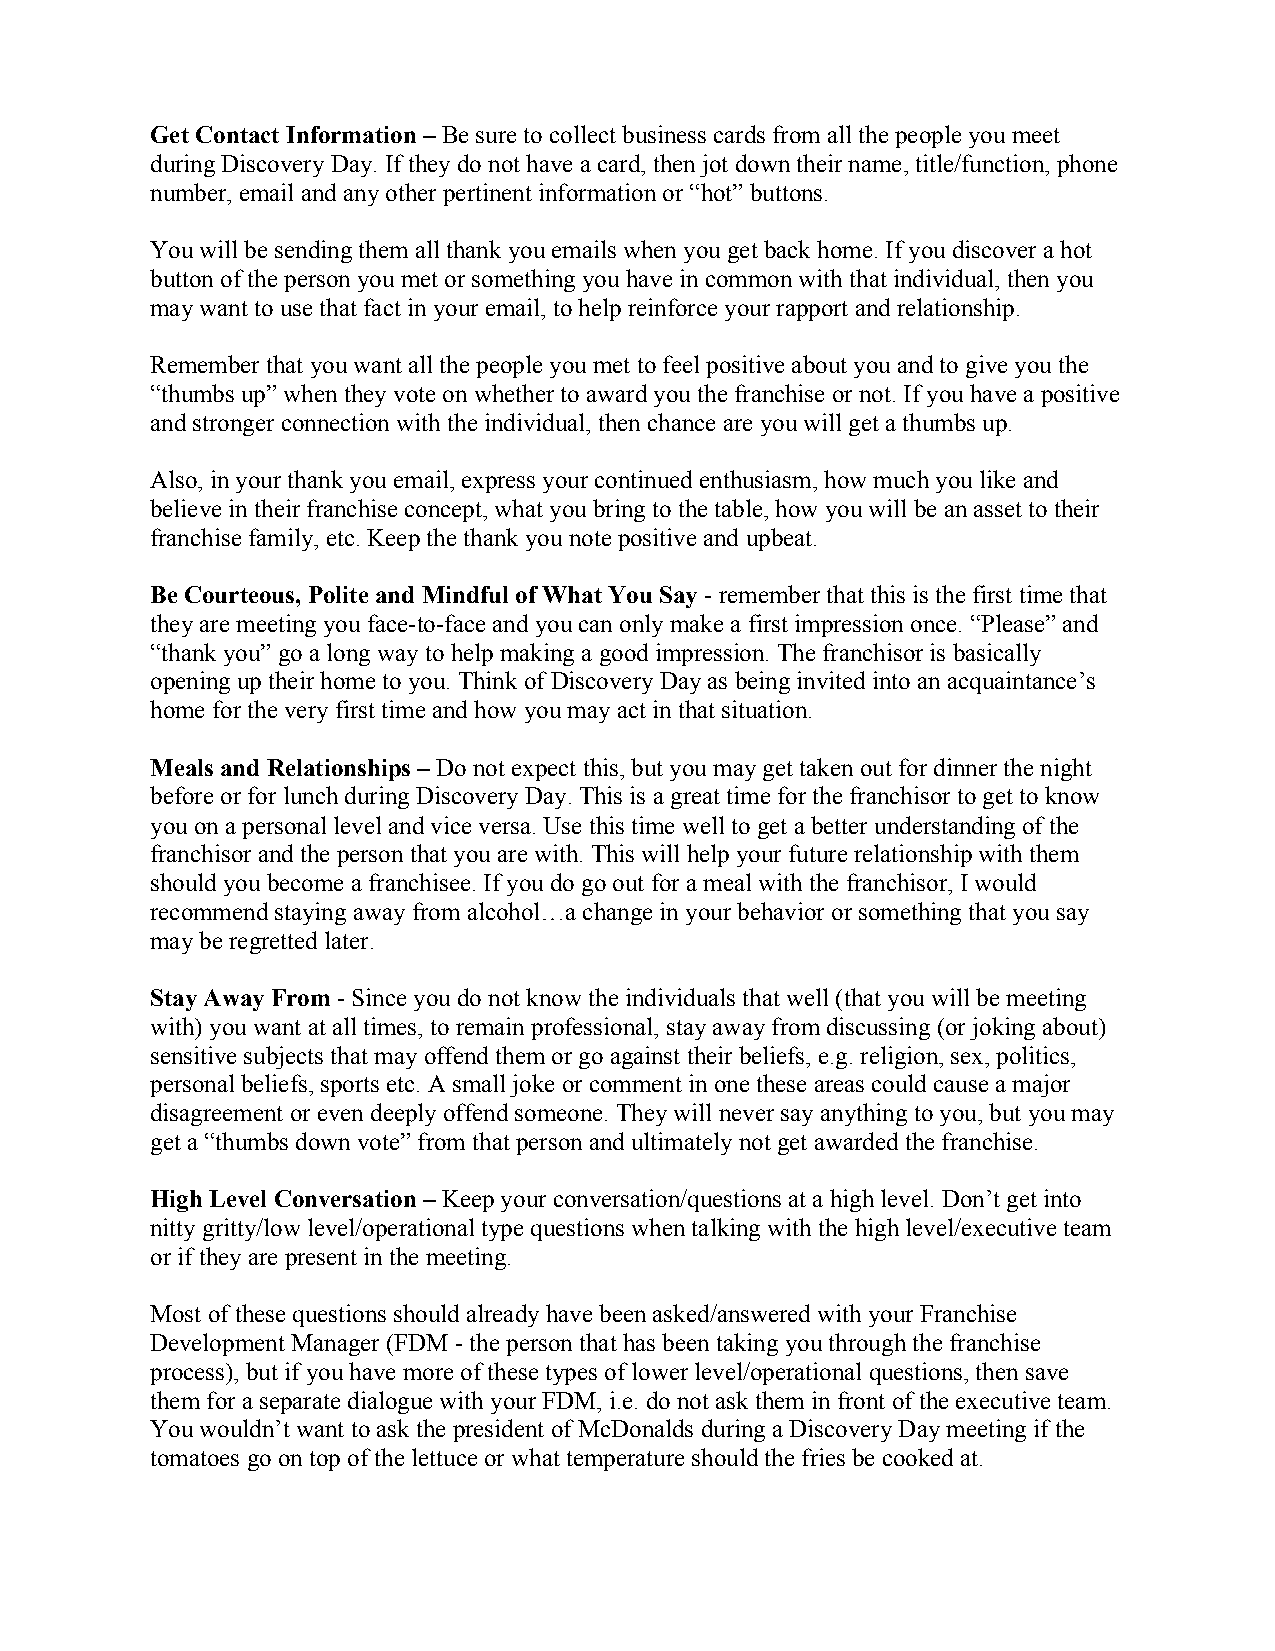
Get Contact Information – Be sure to collect business cards from all the people you meet
 during Discovery Day. If they do not have a card, then jot down their name, title/function, phone
 number, email and any other pertinent information or “hot” buttons.
 You will be sending them all thank you emails when you get back home. If you discover a hot
 button of the person you met or something you have in common with that individual, then you
 may want to use that fact in your email, to help reinforce your rapport and relationship.
 Remember that you want all the people you met to feel positive about you and to give you the
 “thumbs up” when they vote on whether to award you the franchise or not. If you have a positive
 and stronger connection with the individual, then chance are you will get a thumbs up.
 Also, in your thank you email, express your continued enthusiasm, how much you like and
 believe in their franchise concept, what you bring to the table, how you will be an asset to their
 franchise family, etc. Keep the thank you note positive and upbeat.
 Be Courteous, Polite and Mindful of What You Say - remember that this is the first time that
 they are meeting you face-to-face and you can only make a first impression once. “Please” and
 “thank you” go a long way to help making a good impression. The franchisor is basically
 opening up their home to you. Think of Discovery Day as being invited into an acquaintance’s
 home for the very first time and how you may act in that situation.
 Meals and Relationships – Do not expect this, but you may get taken out for dinner the night
 before or for lunch during Discovery Day. This is a great time for the franchisor to get to know
 you on a personal level and vice versa. Use this time well to get a better understanding of the
 franchisor and the person that you are with. This will help your future relationship with them
 should you become a franchisee. If you do go out for a meal with the franchisor, I would
 recommend staying away from alcohol…a change in your behavior or something that you say
 may be regretted later.
 Stay Away From - Since you do not know the individuals that well (that you will be meeting
 with) you want at all times, to remain professional, stay away from discussing (or joking about)
 sensitive subjects that may offend them or go against their beliefs, e.g. religion, sex, politics,
 personal beliefs, sports etc. A small joke or comment in one these areas could cause a major
 disagreement or even deeply offend someone. They will never say anything to you, but you may
 get a “thumbs down vote” from that person and ultimately not get awarded the franchise.
 High Level Conversation – Keep your conversation/questions at a high level. Don’t get into
 nitty gritty/low level/operational type questions when talking with the high level/executive team
 or if they are present in the meeting.
 Most of these questions should already have been asked/answered with your Franchise
 Development Manager (FDM - the person that has been taking you through the franchise
 process), but if you have more of these types of lower level/operational questions, then save
 them for a separate dialogue with your FDM, i.e. do not ask them in front of the executive team.
 You wouldn’t want to ask the president of McDonalds during a Discovery Day meeting if the
 tomatoes go on top of the lettuce or what temperature should the fries be cooked at.